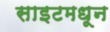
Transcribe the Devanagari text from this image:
साइटमधून